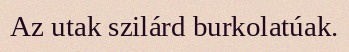
Az utak szilárd burkolatúak.